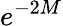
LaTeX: e^{-2M}